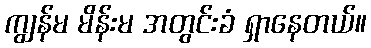
ကျွန်မ မိန်းမ အတွင်းခံ ရှာနေတယ်။